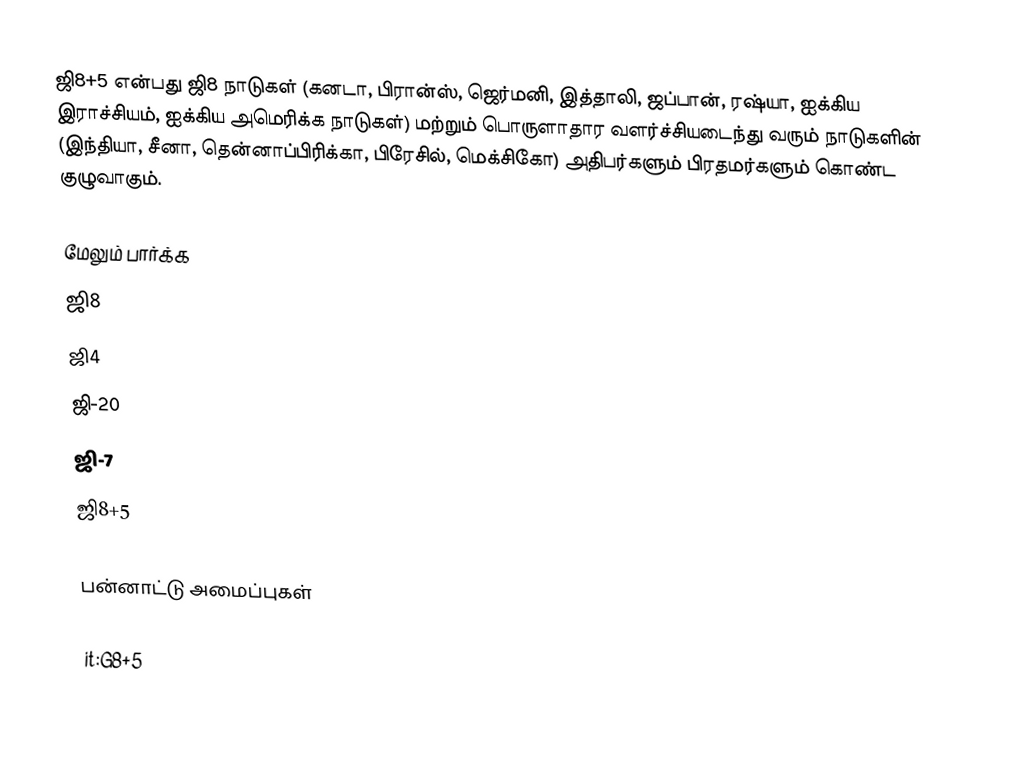
ஜி8+5 என்பது ஜி8 நாடுகள் (கனடா, பிரான்ஸ், ஜெர்மனி, இத்தாலி, ஜப்பான், ரஷ்யா, ஐக்கிய இராச்சியம், ஐக்கிய அமெரிக்க நாடுகள்) மற்றும் பொருளாதார வளர்ச்சியடைந்து வரும் நாடுகளின் (இந்தியா, சீனா, தென்னாப்பிரிக்கா, பிரேசில், மெக்சிகோ) அதிபர்களும் பிரதமர்களும் கொண்ட குழுவாகும்.

மேலும் பார்க்க
 ஜி8
 ஜி4
 ஜி-20
 ஜி-7
 ஜி8+5

பன்னாட்டு அமைப்புகள்

it:G8+5
ru:Совет глав промышленных государств